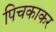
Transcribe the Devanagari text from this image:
पिचकाकर